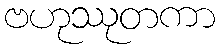
ဗဟုဿုတကာ